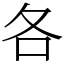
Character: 各